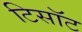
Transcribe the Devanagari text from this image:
टिसॉट